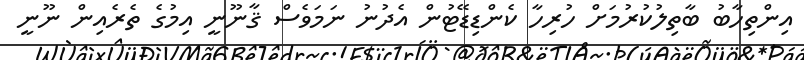
އިންތިހާބު ބާތިލުކުރުމަށް ހުރިހާ ކެންޑިޑޭޓުން އެދުނު ނަމަވެސް ޤާނޫނީ އިމުގެ ތެރެއިން ނޫނީ